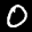
Label: 0